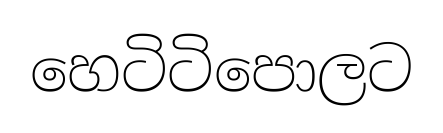
හෙටිටිපොලට